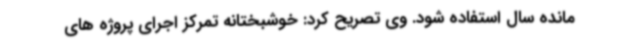
مانده سال استفاده شود. وی تصریح کرد: خوشبختانه تمرکز اجرای پروژه های